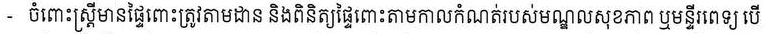
- ចំពោះស្រ្តីមានផ្ទៃពោះត្រូវតាមដាន និងពិនិត្យផ្ទៃពោះតាមកាលកំណត់របស់មណ្ឌលសុខភាព ឬមន្ទីរពេទ្យ បើ